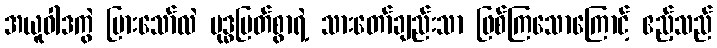
အယူဝါဒကွဲ ပြားသော်လဲ ဗုဒ္ဓမြတ်စွာရဲ့ သားတော်ချည်းသာ ဖြစ်ကြသောကြောင့် ဧည့်သည်